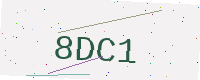
Text: 8DC1